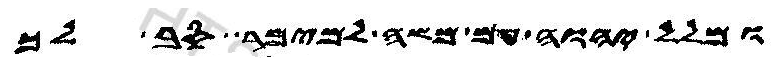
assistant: ומלל יהוה עם משה למימר סב לך